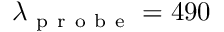
\lambda _ { \mathrm { ~ p ~ r ~ o ~ b ~ e ~ } } = 4 9 0